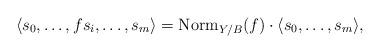
LaTeX: \begin{align*}\langle s_0, \ldots, f s_i, \ldots , s_m \rangle={\rm{Norm}}_{Y/B}(f)\cdot\langle s_0, \ldots, s_m \rangle,\end{align*}